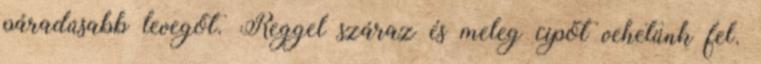
páradúsabb levegőt. Reggel száraz és meleg cipőt vehetünk fel.